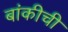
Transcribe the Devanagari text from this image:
बांकीची